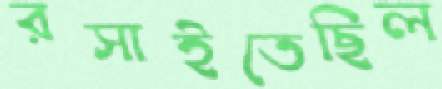
রসাইতেছিল